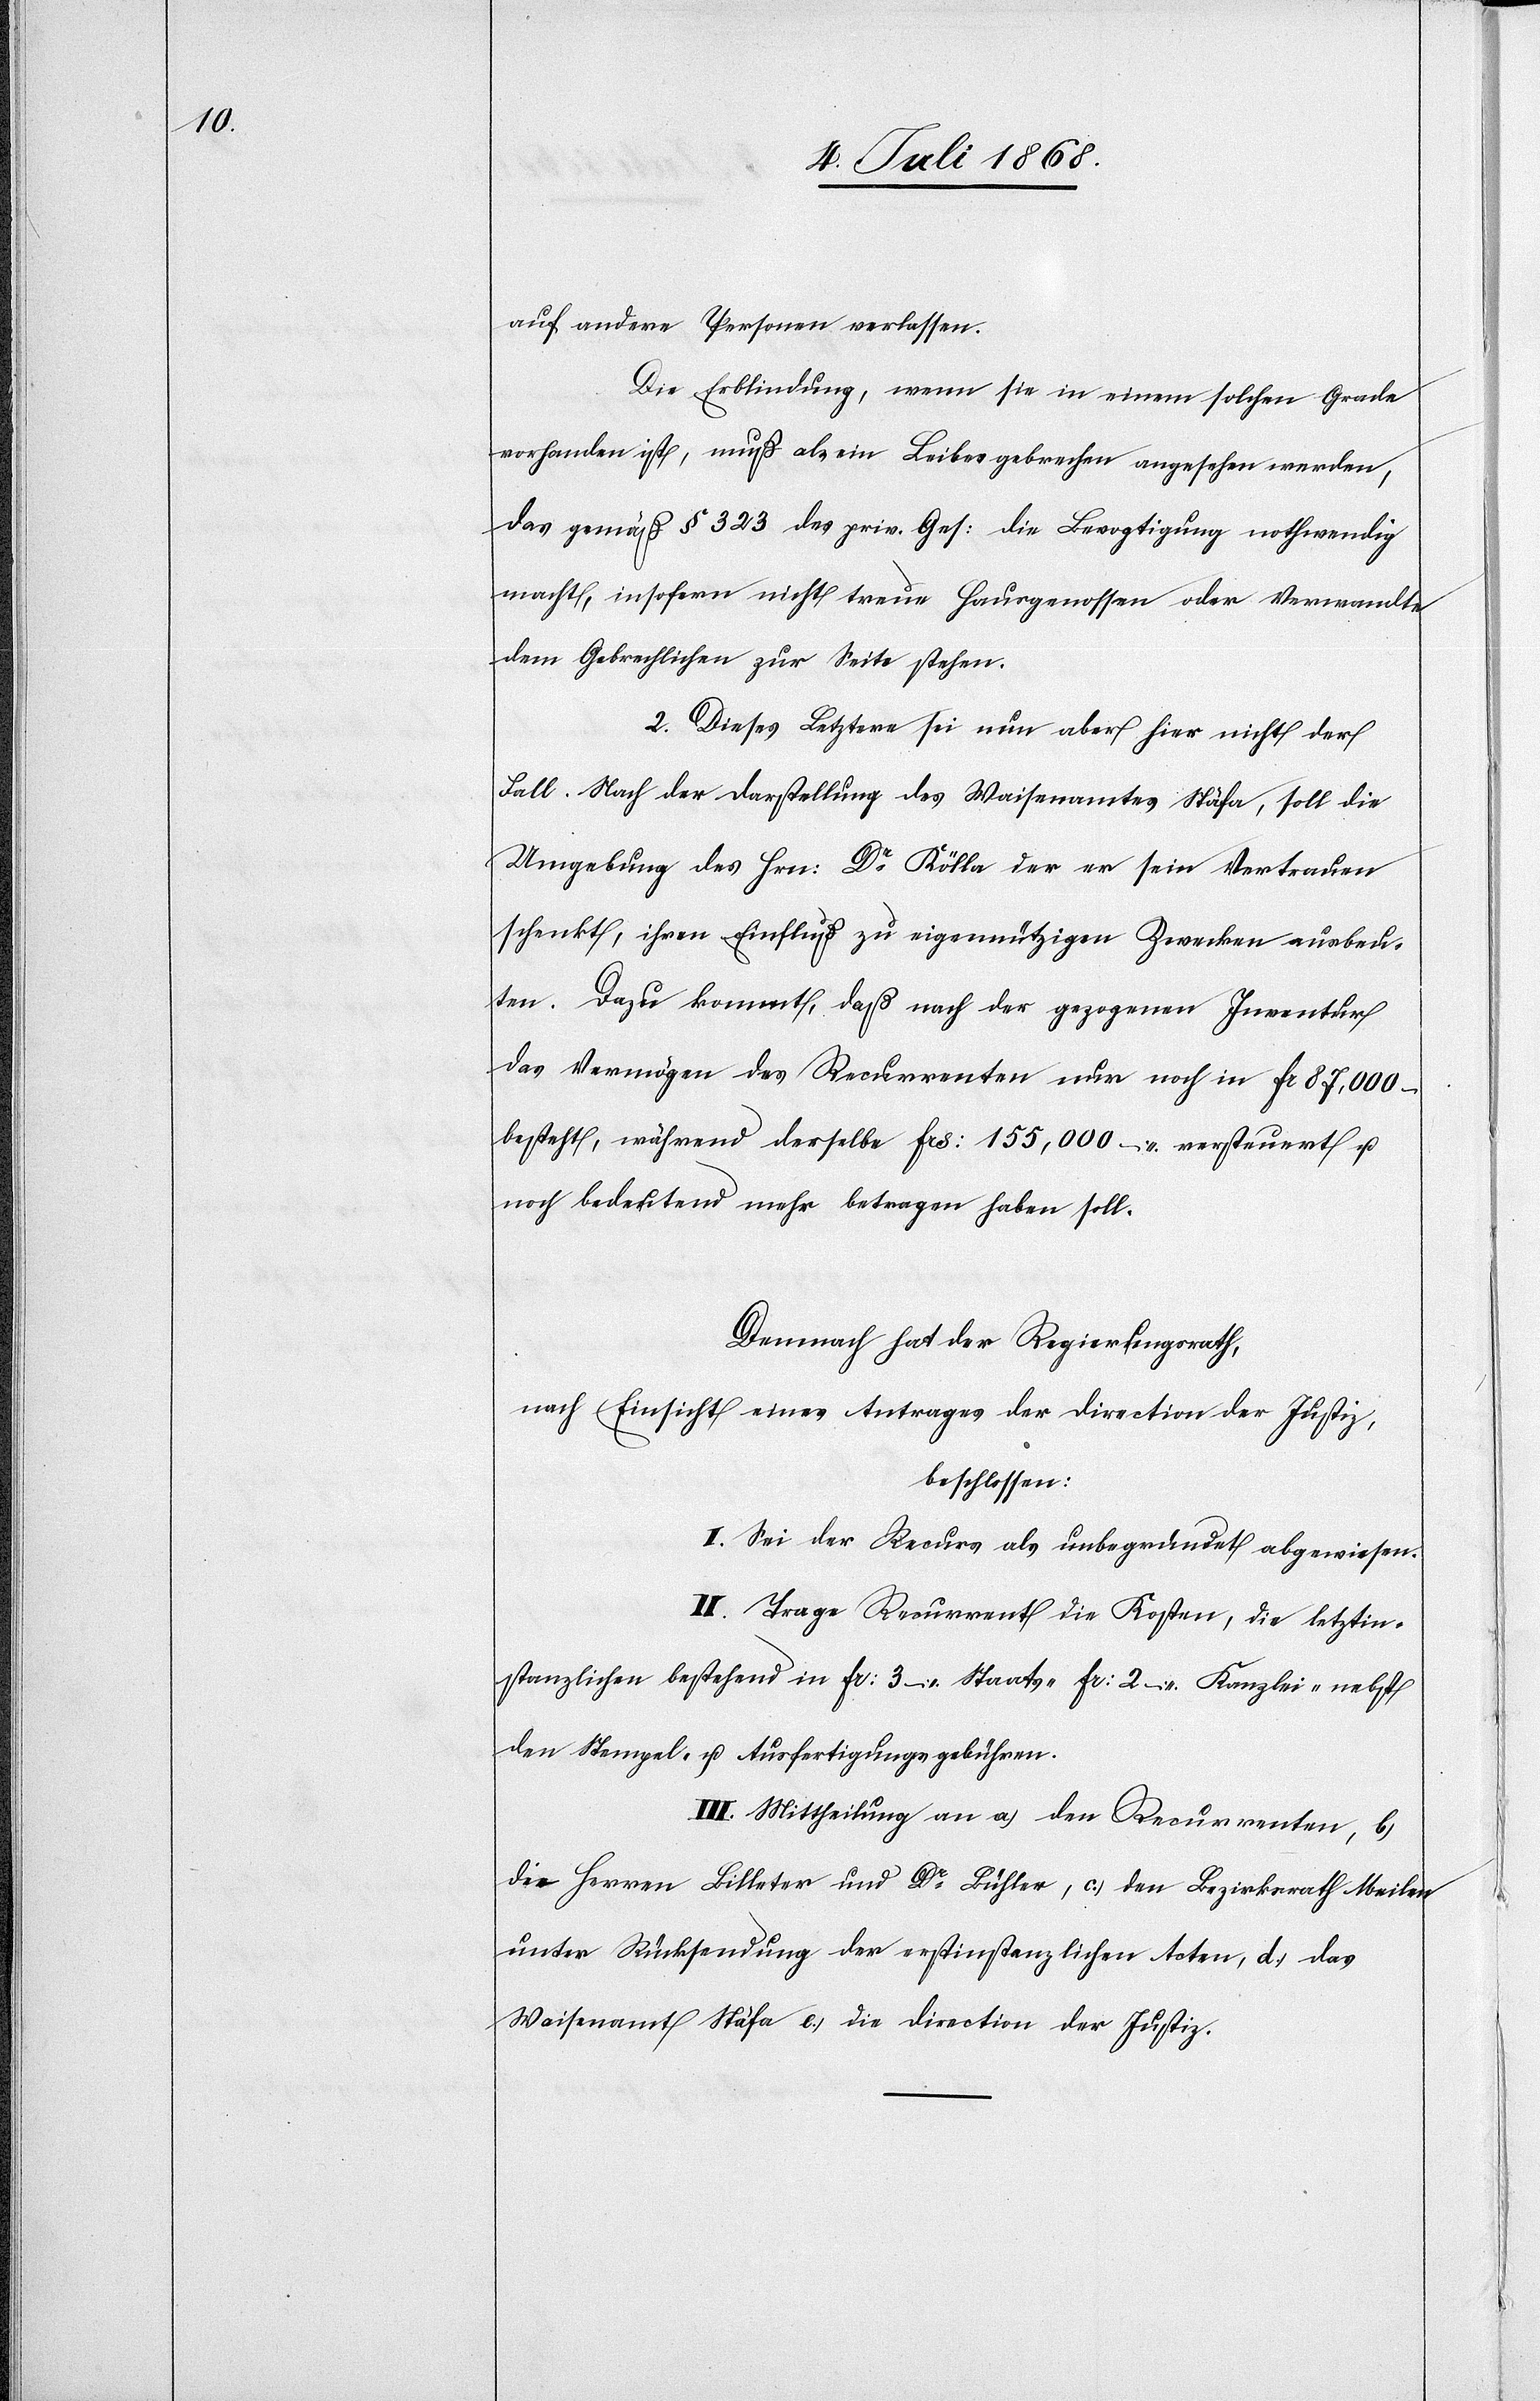
auf andere Personen verlassen.
Die Erblindung, wenn sie in einem solchen Grade
vorhanden ist, muß als ein Leibesgebrechen angesehen werden,
das gemäß § 323 des priv. Ges: die Bevogtigung nothwendig
macht, insofern nicht treue Hausgenossen oder Verwandte
dem Gebrechlichen zur Seite stehen.
2. Dieses Letztere sei nun aber hier nicht der
Fall. Nach der Darstellung des Waisenamtes Stäfa, soll die
Umgebung des Hrn: Dr Kölla der er sein Vertrauen
schenkt, ihren Einfluß zu eigennützigen Zwecken ausbeu¬
ten. Dazu kommt, daß nach der gezogenen Inventur
das Vermögen des Recurrenten nur noch in Fr 87,000
besteht, während derselbe Frs: 155,000 – versteuert u.
noch bedeutend mehr betragen haben soll.
Demnach hat der Regierungsrath,
nach Einsicht eines Antrages der Direction der Justiz,
beschlossen:
I. Sei der Recurs als unbegründet abgewiesen.
II. Trage Recurrent die Kosten, die letztin¬
stanzlichen bestehend in Fr: 3 – Staats-[,] Fr: 2 – Kanzlei-[,] nebst
den Stempel- u. Ausfertigungsgebühren.
III. Mittheilung an a.) den Recurrenten, b.)
die Herren Billeter und Dr Bühler, c.) den Bezirksrath Meilen
unter Rücksendung der erstinstanzlichen Acten, d.) das
Waisenamt Stäfa e.) die Direction der Justiz.